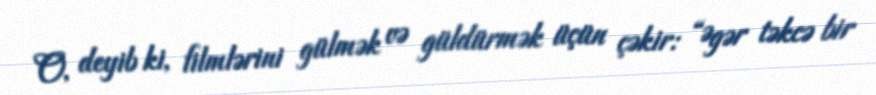
O, deyib ki, filmlərini gülmək və güldürmək üçün çəkir: “Əgər təkcə bir